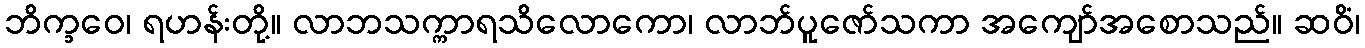
ဘိက္ခဝေ၊ ရဟန်းတို့။ လာဘသက္ကာရသိလောကော၊ လာဘ်ပူဇော်သကာ အကျော်အစောသည်။ ဆဝိံ၊